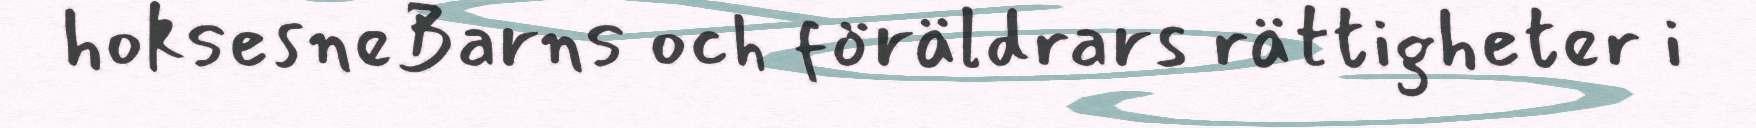
hoksesneBarns och föräldrars rättigheter i